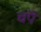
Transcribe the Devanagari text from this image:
चंपे